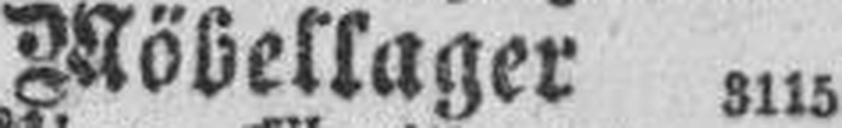
Möbellager 3115